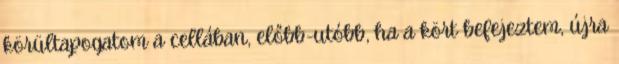
körültapogatom a cellában, előbb-utóbb, ha a kört befejeztem, újra